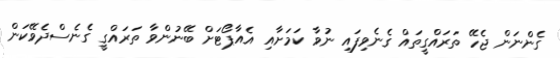
ގެންނަން ޖެހޭ ތަރައްގީތައް ގެނެވިފައި ނުވާ ކަމަށާއި އެއާޕޯޓަށް ބޭނުންވާ ތަރައްގީ ގެނެސްދެވޭކަން